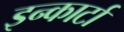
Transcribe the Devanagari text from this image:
इन्कार्टा